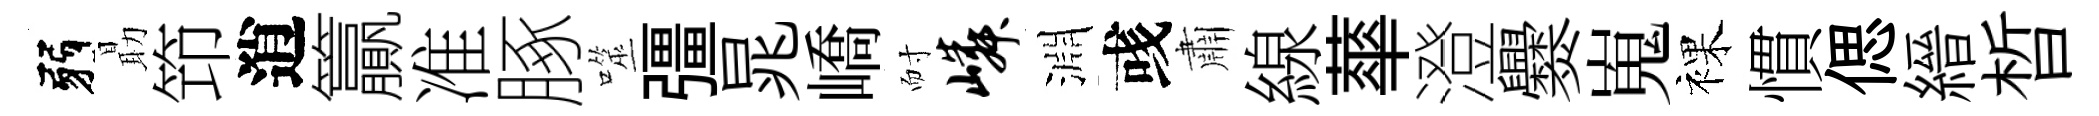
弱朂笻逍籯准䐁噬彊晁嶠耐嶙淵彧肅線蕐澄爨嵬裸慣偲縉晳